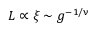
L \propto \xi \sim g ^ { - 1 / \upnu }